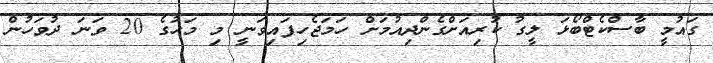
ގައުމީ ބާސްކެޓްބޯޅަ ލީގު ކުރިއަށްގެންދިއުމަށް ހަމަޖެހިފައިވަނީ މި މަހުގެ 20 ވަނަ ދުވަހުން